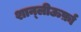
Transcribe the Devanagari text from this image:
शान्लीऊर्फ़ा